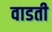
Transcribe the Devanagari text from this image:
वाडती